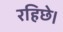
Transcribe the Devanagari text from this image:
रहिछे।